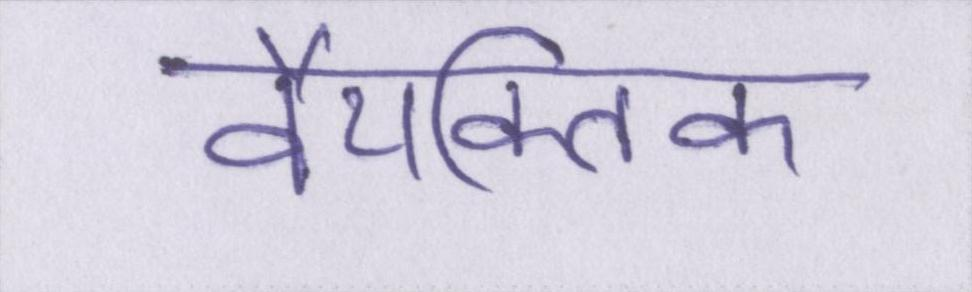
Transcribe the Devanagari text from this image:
वैयक्तिक